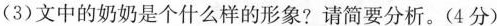
(3)文中的奶奶是个什么样的形象?请简要分析。(4分)